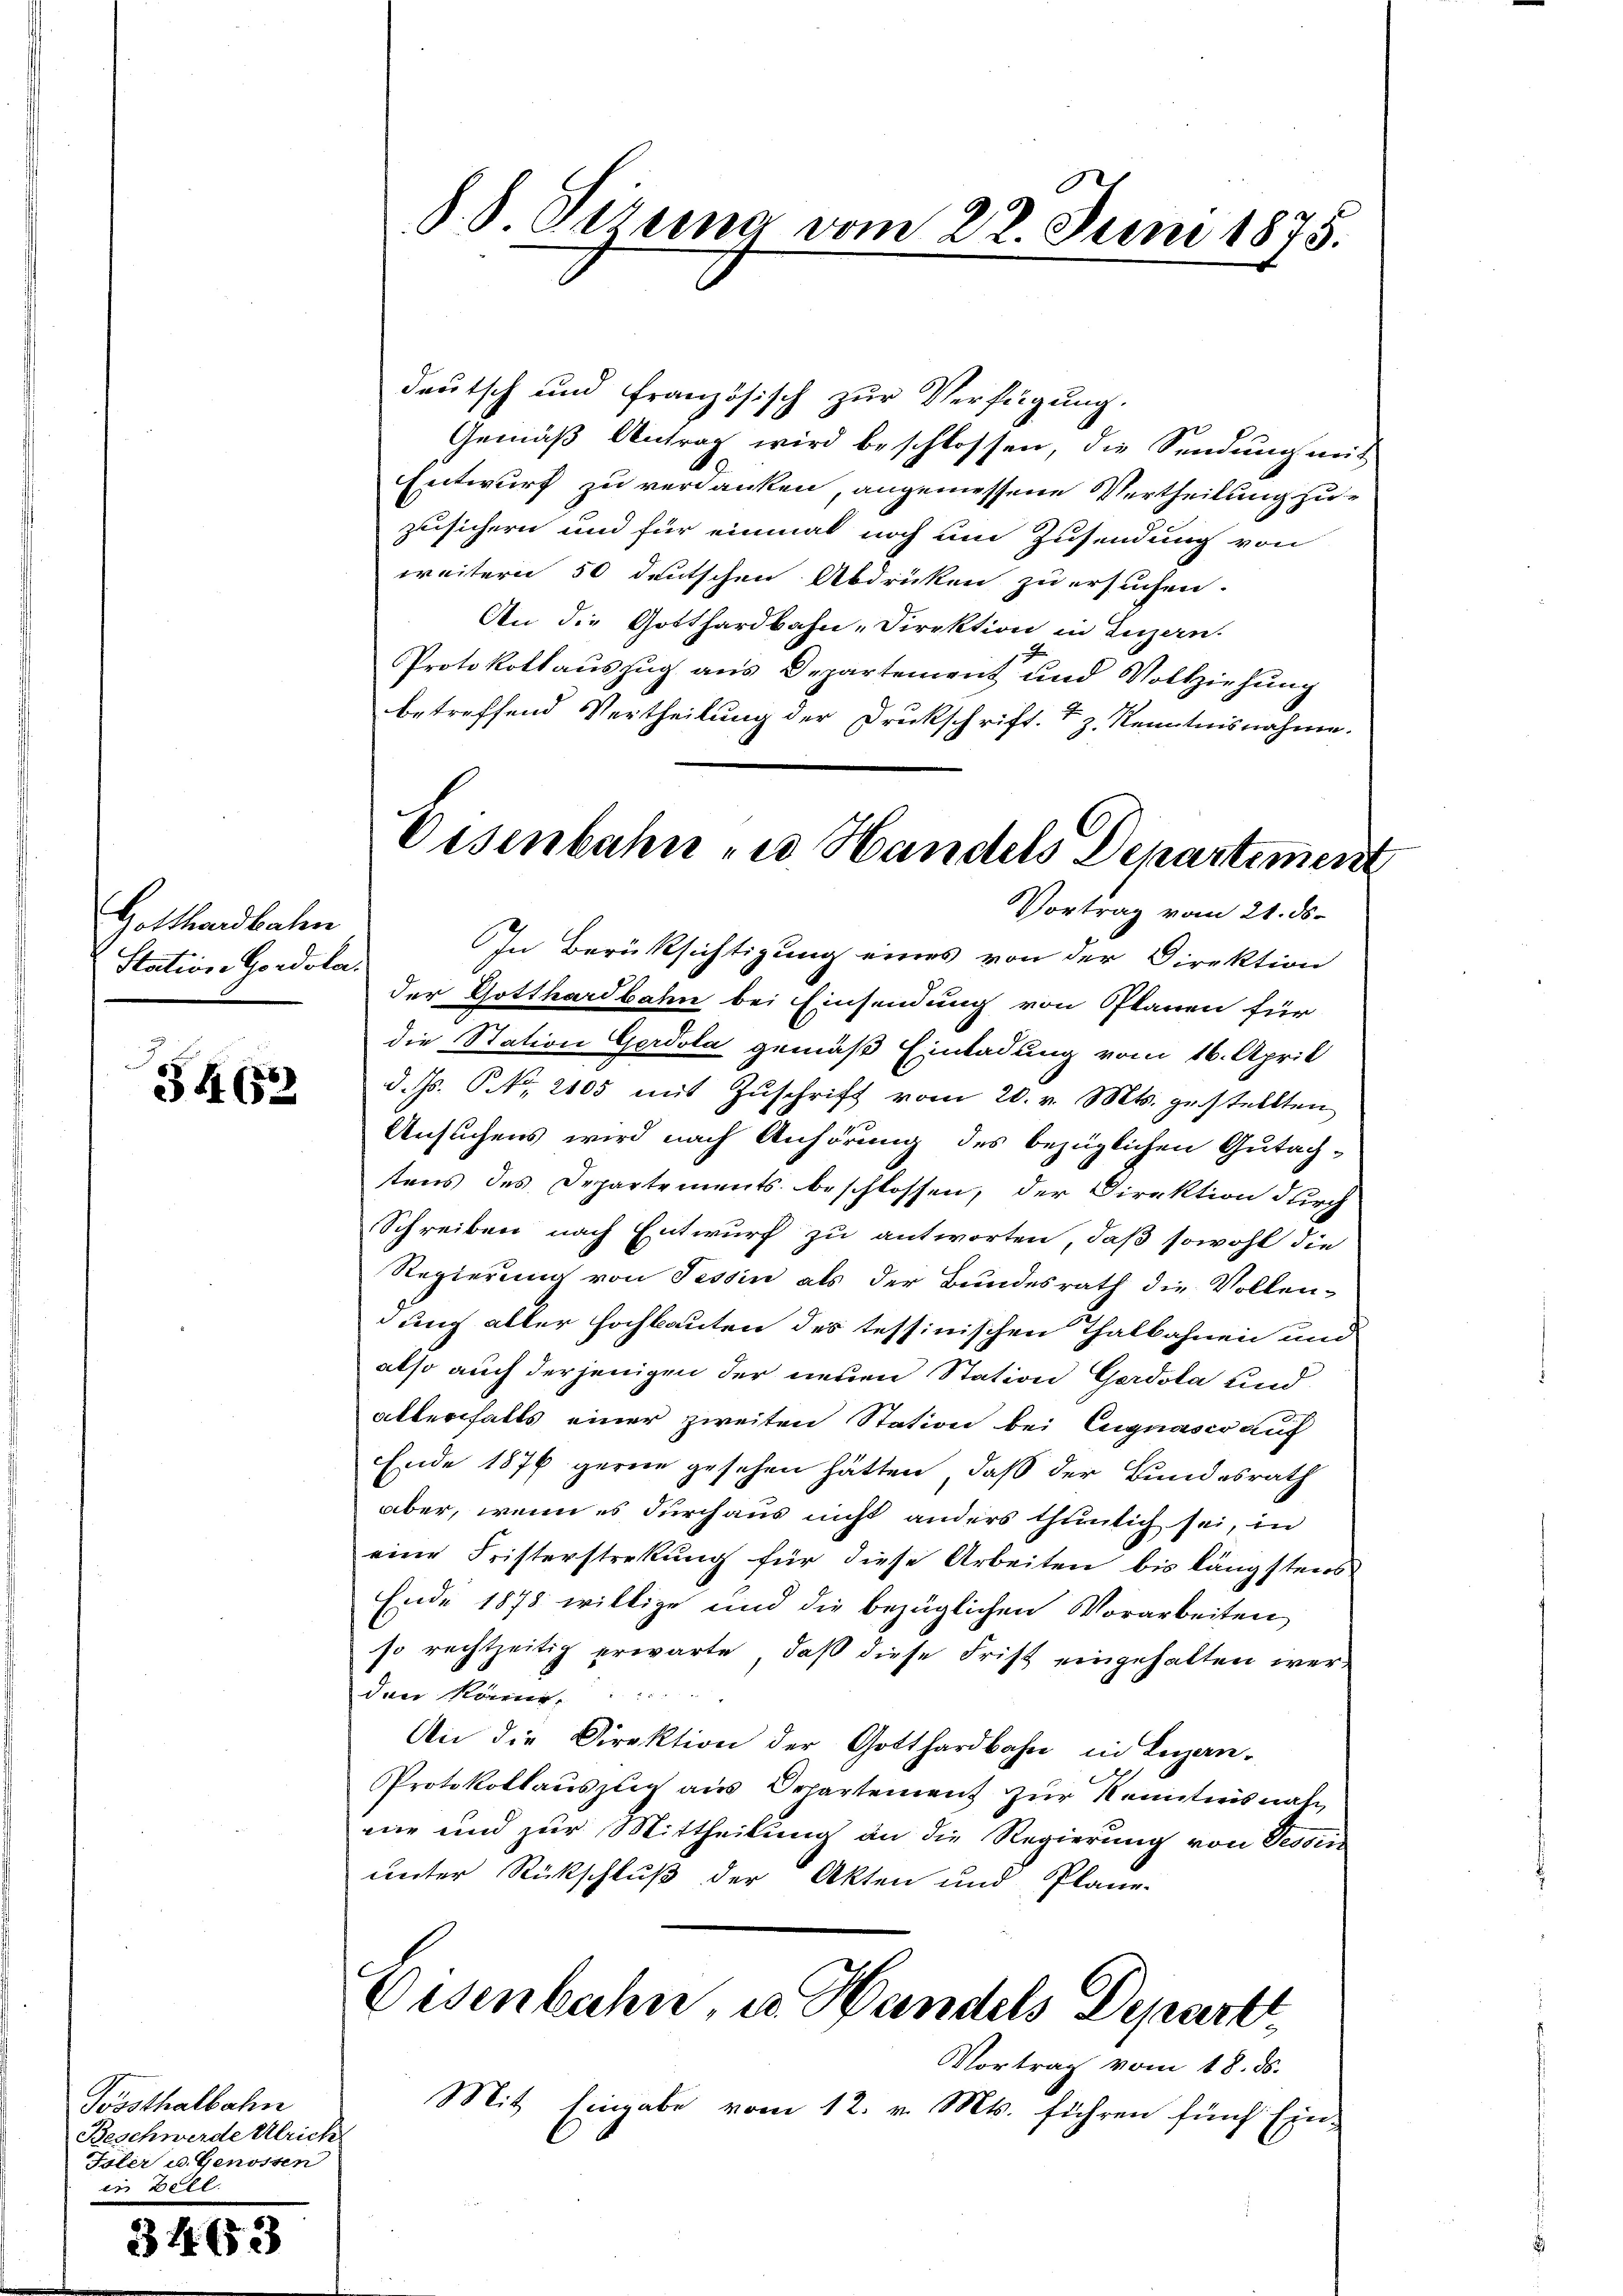
Gotthardbahn
Station Gordola.

34 652

Possthalbahn
Beschwerde Ulrich
Isler u. Genossen
in Zell.

34652)

S. S. Sirna vom 22. Juni 1875.

deutsch und französisch zur Verfügung.
Gemäß Antrag wird beschlossen, die Sendung mit
Entwurf zu verdanken, angemessene Vertheilung zuzusichern und für einmal noch um Zusendung von
weitern 50 deutschen Abdrücken zu ersuchen.
An die Gotthardbahn-Direktion in Luzern.
Protokollauszug aus Departement und Vollziehung
betreffend Vertheilung der Druckschrift. I z. Kenntnisnahme.
In Berüksichtigung eines von der Direktion
der Gotthardbahn bei Einsendung von Planen für
die Station Gerdola gemäß Einladung vom 16. April
d. Js. No. 2105 mit Zuschrift vom 20. v. Mts. gestellten
Ansuchens wird nach Anhörung des bezüglichen Gutachtens des Departements beschlossen, der Direktion durch
Schreiben nach Entwurf zu antworten, daß sowohl die
Regierung von Tessin als der Bundesrath die Vollen-
dung aller Hochbauten des tessinischen Thalbahnen und
also auch derjenigen der neuen Station Gerdola und
allenfalls einer zweiten Station bei Eugnaser auf
Ende 1876 gerne gesehen hätten, daß der Bundesrath
aber, wenn es durchaus nicht anders thunlich sei, in
eine Fristerstrekung für diese Arbeiten bis längstens
Ende 1878 willige und die bezüglichen Vorarbeiten
so rechtzeitig erwarte, daß diese Frist eingehalten werden könne
An die Direktion der Gotthardbahn in Legan¬
Protokollauszug aus Orpartement zur Kenntnisnah
nie und zur Mittheilung an die Regierung von Tessin
unter Rückschluß der Akten und Pläne.
Eisenbahn, u. Handels Depart
Vortrag vom 18. ds.
Mit Eingabe vom 12. v. Mts. führen fünf Ein-

Eisenbahn zu Handels Departiment
Vortrag vom 21. ds.